Annual administration report of the Civil Veterinary Department of India - 1892-1893
Year: 1892
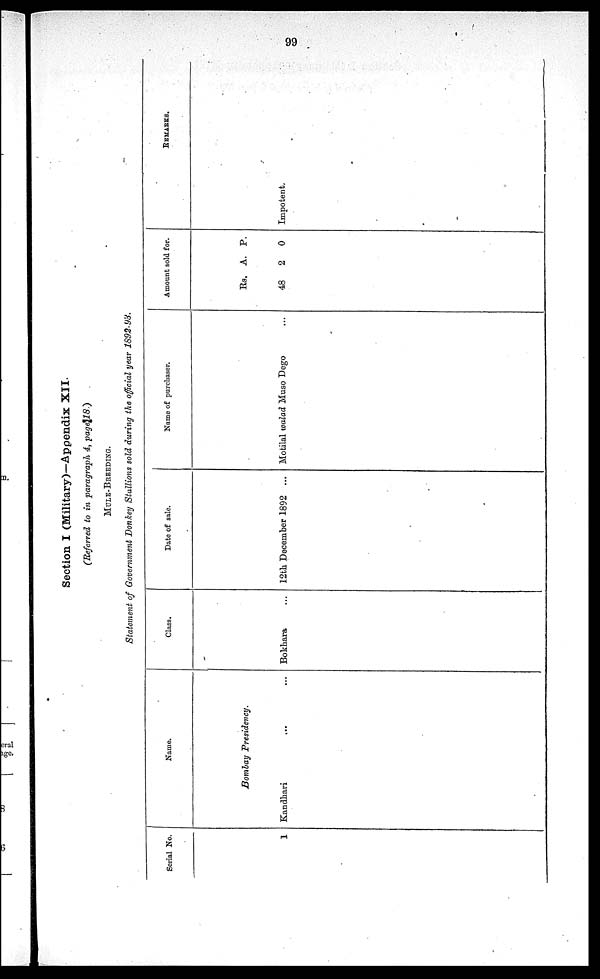
99
Section I (Military)—Appendix XII.
(Referred to in paragraph 4, page 18.)
MULE-BREEDING.
Statement of Government Donkey Stallions sold during the official year 1892-93.
Serial No.
1
Name.
Bombay Presidency.
Kandhari ... ...
Class.
Bokhara ...
Date of sale.
12th December 1892 ...
Name of purchaser.
Motilal walad Muso Dego ...
Amount sold for.
Rs.
48
A.
2
P.
0
REMARKS.
Impotent.